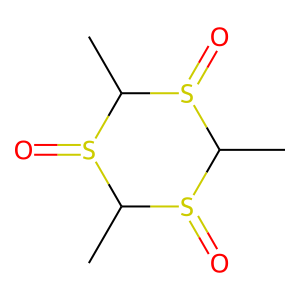
SMILES: CC1S(=O)C(C)S(=O)C(C)S1=O
Inhibits HIV replication: No